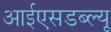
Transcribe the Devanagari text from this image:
आईएसडब्ल्यू